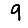
Digit: 9